Vaccination in Bombay 1856-1862 - 1856-1862
Year: 1856
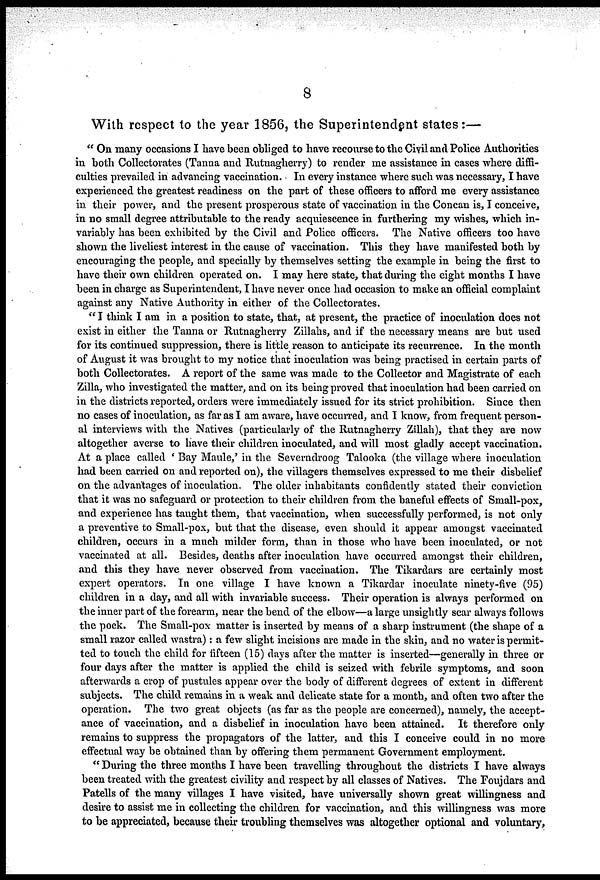
8
With respect to the year 1856, the Superintendent states:—
" On many occasions I have been obliged to have recourse to the Civil and Police Authorities
in both Collectorates (Tanna and Rutnagherry) to render me assistance in cases where diffi-
culties prevailed in advancing vaccination. In every instance where such was necessary, I have
experienced the greatest readiness on the part of these officers to afford me every assistance
in their power, and the present prosperous state of vaccination in the Concan is, I conceive,
in no small degree attributable to the ready acquiescence in furthering my wishes, which in-
variably has been exhibited by the Civil and Police officers. The Native officers too have
shown the liveliest interest in the cause of vaccination. This they have manifested both by
encouraging the people, and specially by themselves setting the example in being the first to
have their own children operated on. I may here state, that during the eight months I have
been in charge as Superintendent, I have never once had occasion to make an official complaint
against any Native Authority in either of the Collectorates.
" I think I am in a position to state, that, at present, the practice of inoculation does not
exist in either the Tanna or Rutnagherry Zillahs, and if the necessary means are but used
for its continued suppression, there is little reason to anticipate its recurrence. In the month
of August it was brought to my notice that inoculation was being practised in certain parts of
both Collectorates. A report of the same was made to the Collector and Magistrate of each
Zilla, who investigated the matter, and on its being proved that inoculation had been carried on
in the districts reported, orders were immediately issued for its strict prohibition. Since then
no cases of inoculation, as far as I am aware, have occurred, and I know, from frequent person-
al interviews with the Natives (particularly of the Rutnagherry Zillah), that they are now
altogether averse to have their children inoculated, and will most gladly accept vaccination.
At a place called ' Bay Maule,' in the Severndroog Talooka (the village where inoculation
had been carried on and reported on), the villagers themselves expressed to me their disbelief
on the advantages of inoculation. The older inhabitants confidently stated their conviction
that it was no safeguard or protection to their children from the baneful effects of Small-pox,
and experience has taught them, that vaccination, when successfully performed, is not only
a preventive to Small-pox, but that the disease, even should it appear amongst vaccinated
children, occurs in a much milder form, than in those who have been inoculated, or not
vaccinated at all. Besides, deaths after inoculation have occurred amongst their children,
and this they have never observed from vaccination. The Tikardars are certainly most
expert operators. In one village I have known a Tikardar inoculate ninety-five (95)
children in a day, and all with invariable success. Their operation is always performed on
the inner part of the forearm, near the bend of the elbow—a large unsightly scar always follows
the pock. The Small-pox matter is inserted by means of a sharp instrument (the shape of a
small razor called wastra): a few slight incisions are made in the skin, and no water is permit-
ted to touch the child for fifteen (15) days after the matter is inserted—generally in three or
four days after the matter is applied the child is seized with febrile symptoms, and soon
afterwards a crop of pustules appear over the body of different degrees of extent in different
subjects. The child remains in a weak and delicate state for a month, and often two after the
operation. The two great objects (as far as the people are concerned), namely, the accept-
ance of vaccination, and a disbelief in inoculation have been attained. It therefore only
remains to suppress the propagators of the latter, and this I conceive could in no more
effectual way be obtained than by offering them permanent Government employment.
" During the three months I have been travelling throughout the districts I have always
been treated with the greatest civility and respect by all classes of Natives. The Foujdars and
Patells of the many villages I have visited, have universally shown great willingness and
desire to assist me in collecting the children for vaccination, and this willingness was more
to be appreciated, because their troubling themselves was altogether optional and voluntary,